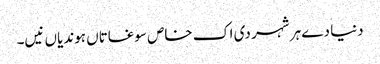
دنیا دے ہر شہر دی اک خاص سوغاتاں ہوندیاں نیں۔